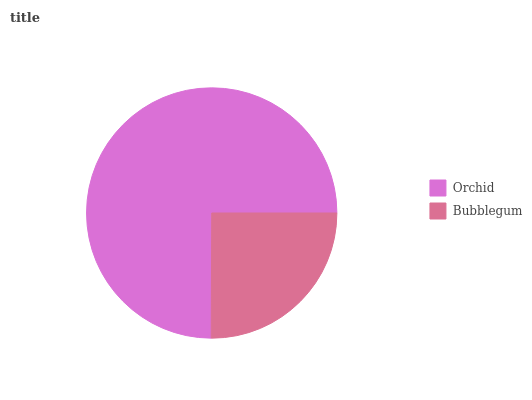
| Orchid | Bubblegum |
 | --- | --- |
 | 75% | 25% |